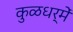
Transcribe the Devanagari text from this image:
कुळधर्में